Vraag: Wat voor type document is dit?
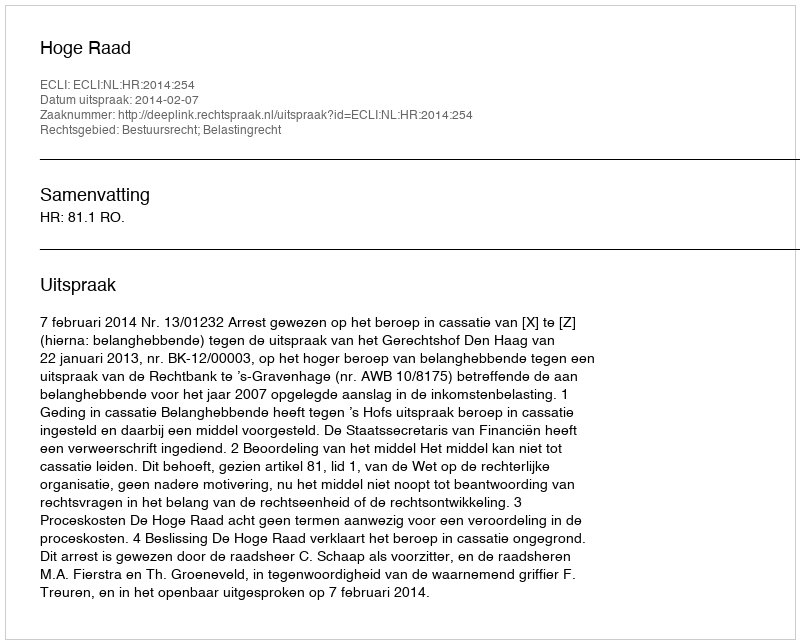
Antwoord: Uitspraak